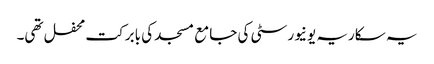
یہ سکاریہ یونیورسٹی کی جامع مسجد کی بابرکت محفل تھی۔